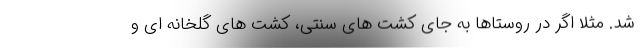
شد. مثلاً اگر در روستاها به جای کشت های سنتی، کشت های گلخانه ای و